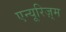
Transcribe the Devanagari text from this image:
एन्यूरिज़्म